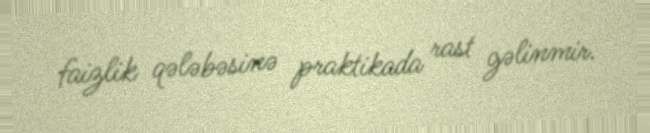
faizlik qələbəsinə praktikada rast gəlinmir.